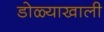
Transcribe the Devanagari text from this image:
डोळ्याखाली